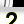
Digit: 2